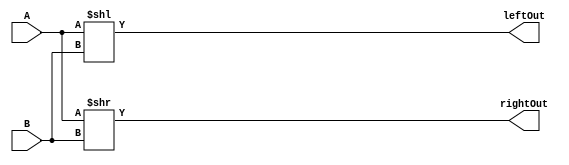
module SHIFTER(A, B, rightOut, leftOut);
input [31:0]A;
input [4:0]B;

output [31:0]rightOut;
output [31:0]leftOut;

assign leftOut = A<<B;
assign rightOut = A>>B;

endmodule